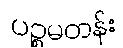
ပဉ္စမတန်း